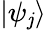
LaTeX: \textstyle|\psi_{\mathit{j}}\rangle